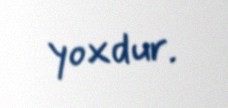
yoxdur.